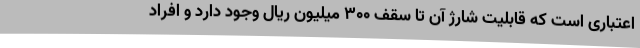
اعتباری است که قابلیت شارژ آن تا سقف 300 میلیون ریال وجود دارد و افراد